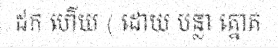
ដក ហើយ ( ដោយ បន្លា ត្នោត